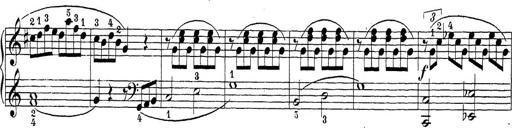
Title: Sonatina Album
Composer: Louis KÃ¶hler